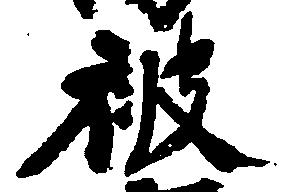
被